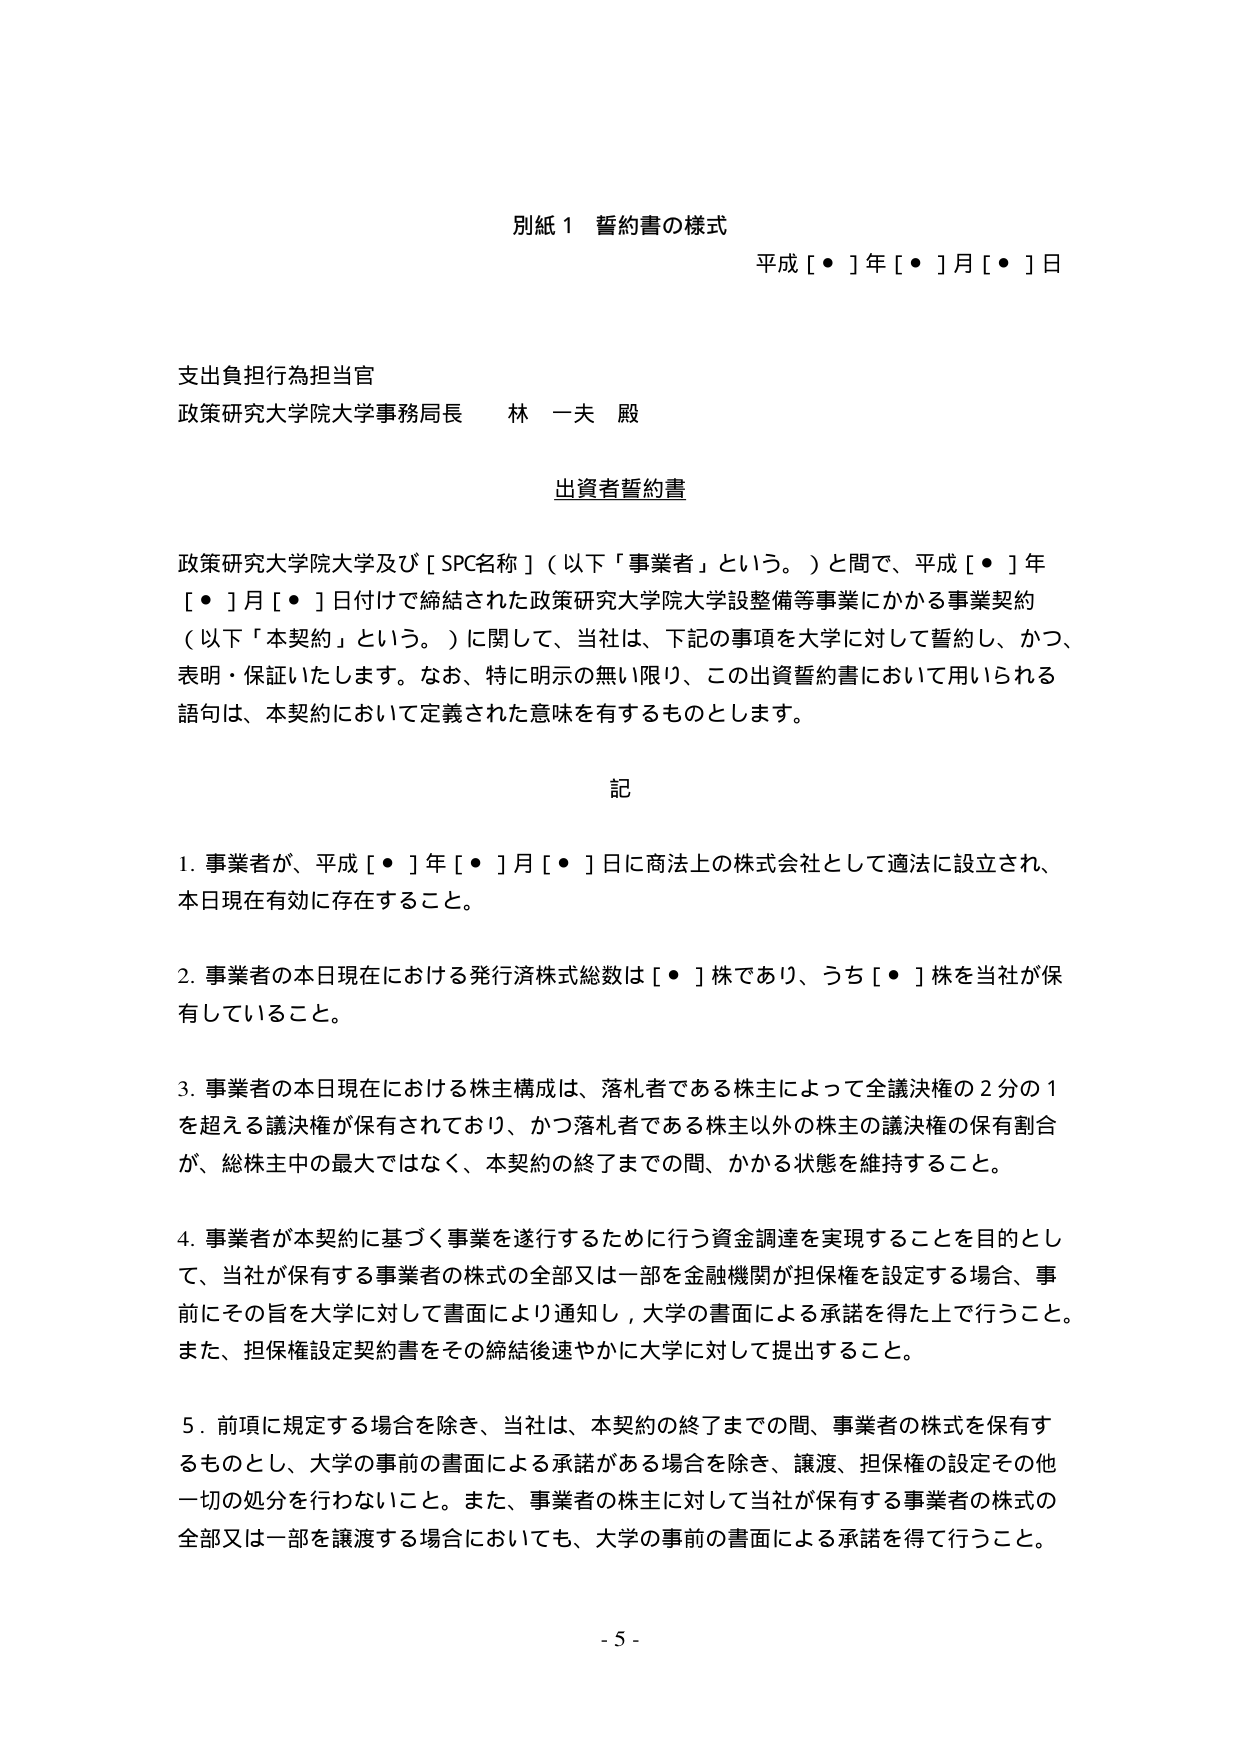
別紙１ 誓約書の様式
平成［・］年［・］月［・］日

支出負担行為担当官
政策研究大学院大学事務局長 林 一夫 殿

出資者誓約書

政策研究大学院大学及び［SPC名称］（以下「事業者」という。）と間で、平成［・］年［・］月［・］日付で締結された政策研究大学院大学設整備等事業にかかる事業契約（以下「本契約」という。）に関して、当社は、下記の事項を大学に対して誓約し、かつ、表明・保証いたします。なお、特に明示の無い限り、この出資誓約書において用いられる語句は、本契約において定義された意味を有するものとします。

記

1. 事業者が、平成［・］年［・］月［・］日に商法上の株式会社として適法に設立され、本日現在有効に存在すること。

2. 事業者の本日現在における発行済株式総数は［・］株であり、うち［・］株を当社が保有していること。

3. 事業者の本日現在における株主構成は、落札者である株主によって全議決権の２分の１を超える議決権が保有されており、かつ落札者である株主以外の株主の議決権の保有割合が、総株主中の最大ではなく、本契約の終了までの間、かかる状態を維持すること。

4. 事業者が本契約に基づく事業を遂行するために行う資金調達を実現することを目的として、当社が保有する事業者の株式の全部又は一部を金融機関が担保権を設定する場合、事前にその旨を大学に対して書面により通知し、大学の書面による承諾を得た上で行うこと。また、担保権設定契約書をその締結後速やかに大学に対して提出すること。

5. 前項に規定する場合を除き、当社は、本契約の終了までの間、事業者の株式を保有するものとし、大学の事前の書面による承諾がある場合を除き、譲渡、担保権の設定その他一切の処分を行わないこと。また、事業者の株主に対して当社が保有する事業者の株式の全部又は一部を譲渡する場合においても、大学の事前の書面による承諾を得て行うこと。

- 5 -